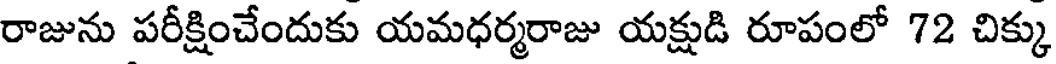
రాజును పరీక్షించేందుకు యమధర్మరాజు యక్షుడి రూపంలో 72 చిక్కు